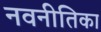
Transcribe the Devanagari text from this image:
नवनीतिका